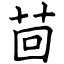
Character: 茴